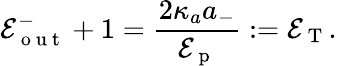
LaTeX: \mathcal{E}_{\mathrm{~o~u~t~}}^{-}+1=\frac{2\kappa_{a}a_{-}}{\mathcal{E}_{\mathrm{~p~}}}:=\mathcal{E}_{\mathrm{~T~}}.